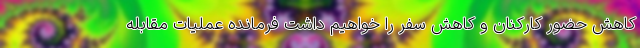
کاهش حضور کارکنان و کاهش سفر را خواهیم داشت فرمانده عملیات مقابله